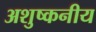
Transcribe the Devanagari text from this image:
अशुष्कनीय